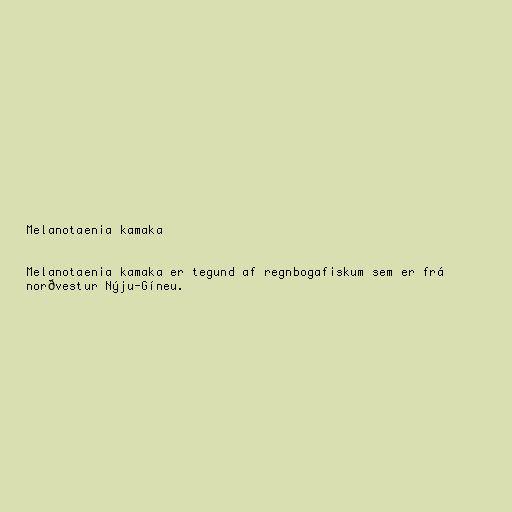
Melanotaenia kamaka

Melanotaenia kamaka er tegund af regnbogafiskum sem er frá
norðvestur Nýju-Gíneu.